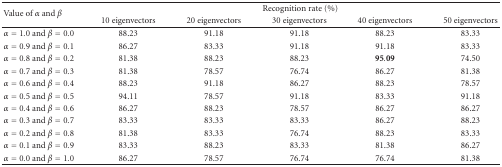
| <ROWSPAN=2> Value of α and β | <COLSPAN=5> Recognition rate (%) |
 | 10 eigenvectors | 20 eigenvectors | 30 eigenvectors | 40 eigenvectors | 50 eigenvectors |
 | --- | --- | --- | --- | --- | --- |
 | α = 1.0 and β = 0.0 | 88.23 | 91.18 | 91.18 | 88.23 | 83.33 |
 | α = 0.9 and β = 0.1 | 86.27 | 83.33 | 91.18 | 91.18 | 83.33 |
 | α = 0.8 and β = 0.2 | 81.38 | 88.23 | 88.23 | 95.09 | 74.50 |
 | α = 0.7 and β = 0.3 | 81.38 | 78.57 | 76.74 | 86.27 | 81.38 |
 | α = 0.6 and β = 0.4 | 88.23 | 91.18 | 86.27 | 88.23 | 78.57 |
 | α = 0.5 and β = 0.5 | 94.11 | 78.57 | 91.18 | 83.33 | 91.18 |
 | α = 0.4 and β = 0.6 | 86.27 | 88.23 | 78.57 | 86.27 | 86.27 |
 | α = 0.3 and β = 0.7 | 83.33 | 83.33 | 83.33 | 86.27 | 88.23 |
 | α = 0.2 and β = 0.8 | 81.38 | 83.33 | 76.74 | 88.23 | 83.33 |
 | α = 0.1 and β = 0.9 | 83.33 | 88.23 | 83.33 | 81.38 | 86.27 |
 | α = 0.0 and β = 1.0 | 86.27 | 78.57 | 76.74 | 76.74 | 81.38 |